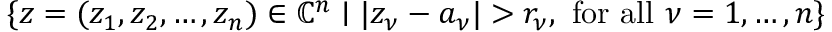
\{ z = ( z _ { 1 } , z _ { 2 } , \dots , z _ { n } ) \in { \mathbb { C } } ^ { n } \mid | z _ { \nu } - a _ { \nu } | > r _ { \nu } , { \mathrm { ~ f o r ~ a l l ~ } } \nu = 1 , \dots , n \}